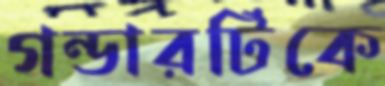
গন্ডারটিকে